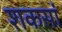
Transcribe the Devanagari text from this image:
शकसां